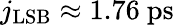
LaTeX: j_{\mathrm{LSB}}\approx 1.76~\mathrm{ps}